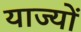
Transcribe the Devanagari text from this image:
याज्यों